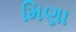
મિણા